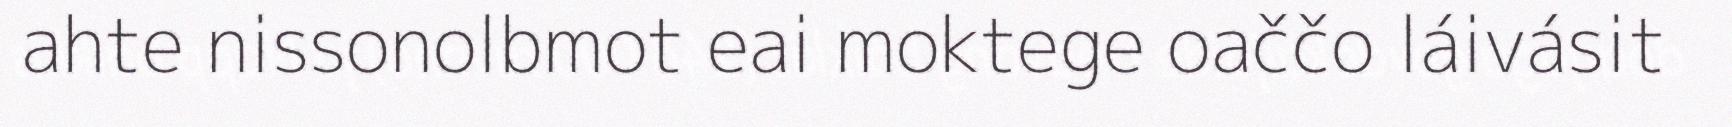
ahte nissonolbmot eai moktege oaččo láivásit